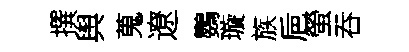
撰舆蒐遼鸚璇族巵螢吞